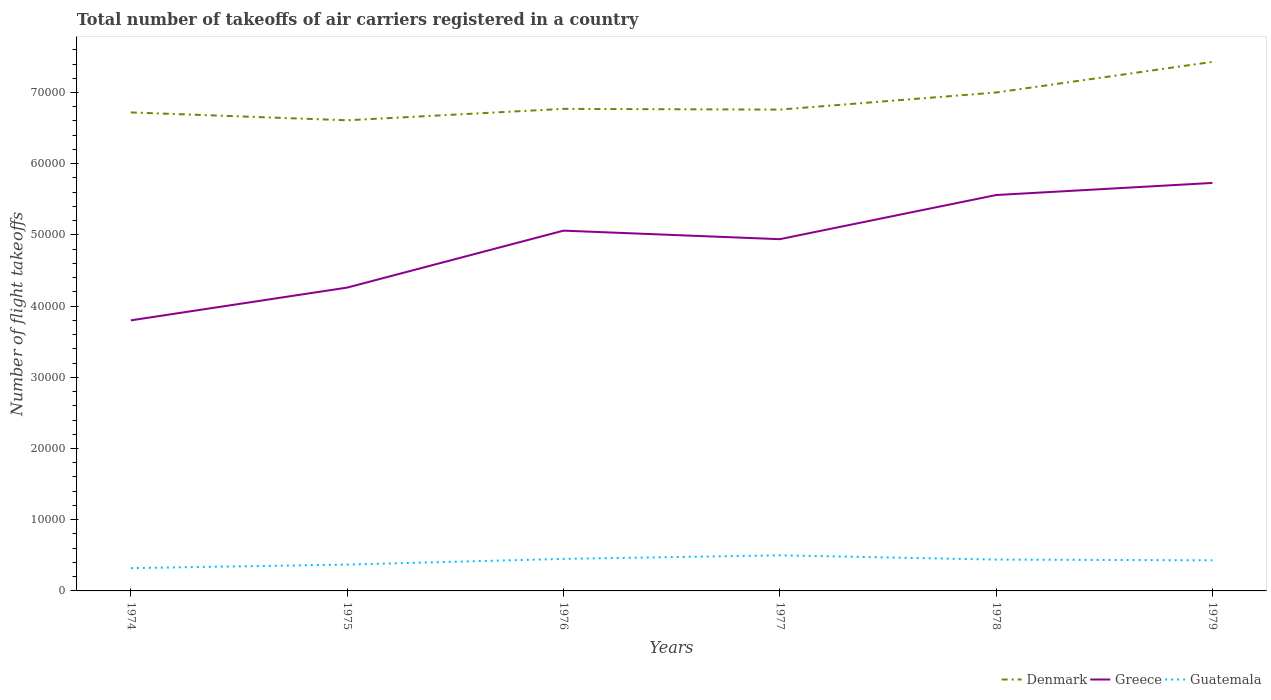
| Years | Denmark | Greece | Guatemala |
 | --- | --- | --- | --- |
 | 1974 | 6.72e+04 | 3.8e+04 | 3.2e+03 |
 | 1975 | 6.61e+04 | 4.26e+04 | 3.7e+03 |
 | 1976 | 6.77e+04 | 5.06e+04 | 4.5e+03 |
 | 1977 | 6.76e+04 | 4.94e+04 | 5e+03 |
 | 1978 | 7e+04 | 5.56e+04 | 4.4e+03 |
 | 1979 | 7.43e+04 | 5.73e+04 | 4.3e+03 |